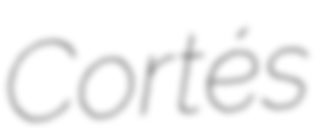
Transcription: Cortés